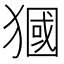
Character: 𤡓